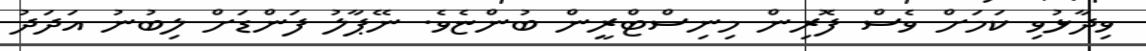
ވިދާޅުވި ކަމަށް ވެސް ފޮރިން މިނިސްޓްރީން ބުންޏެވެ. ނޭޕާލު ފަންޑަށް ލިބުނު އަދަދު